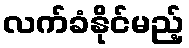
လက်ခံနိုင်မည့်